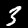
Label: 3